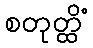
စတုတ္ထိံ